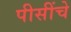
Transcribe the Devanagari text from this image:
पीसींचे